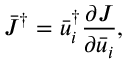
{ { \bar { J } } ^ { \dag } } = \bar { u } _ { i } ^ { \dag } \frac { { \partial J } } { { \partial { { \bar { u } } _ { i } } } } ,